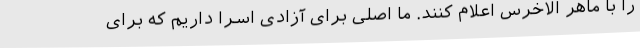
را با ماهر الاخرس اعلام کنند. ما اصلی برای آزادی اسرا داریم که برای